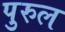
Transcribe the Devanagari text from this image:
पुरुल